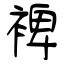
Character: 裨